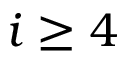
i \ge 4